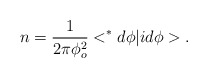
\begin{align*}n=\frac{1}{2\pi \phi_o^2} <^*d\phi |id\phi >.\end{align*}